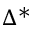
\Delta ^ { * }